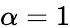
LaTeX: \alpha\stackrel{}{=}1